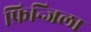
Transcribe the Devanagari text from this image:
फ्रिन्जिला